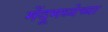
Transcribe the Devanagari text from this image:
मेंदूमध्येच्या